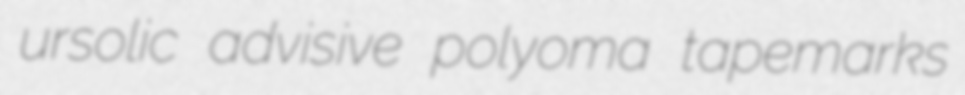
ursolic advisive polyoma tapemarks